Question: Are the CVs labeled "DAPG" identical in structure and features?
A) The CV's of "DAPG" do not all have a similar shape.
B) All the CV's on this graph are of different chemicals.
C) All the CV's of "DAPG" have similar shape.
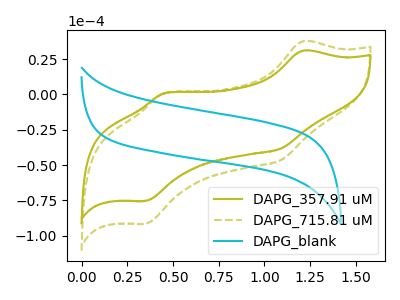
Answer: <think>The olive curve "DAPG_357.91 uM" has anodic peaks at (1.20V, 31.00uA) (0.45V, 1.00uA) and cathodic peaks at (1.10V, -38.05uA) (0.35V, -75.35uA). The olive dashed curve "DAPG_715.81 uM" has anodic peaks at (1.20V, 37.65uA) (0.45V, 1.25uA) and cathodic peaks at (1.10V, -46.20uA) (0.35V, -91.45uA). The cyan curve "DAPG_blank" has no peaks.
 All the peaks in "DAPG_357.91 uM" have a peak in "DAPG_715.81 uM" at the same potential. Every peak in "DAPG_357.91 uM" is lower than every peak in "DAPG_715.81 uM". "DAPG_357.91 uM" and "DAPG_blank" have a different number of peaks. "DAPG_715.81 uM" and "DAPG_blank" have a different number of peaks.</think>
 <answer>C) All the CV's of "DAPG" have similar shape.</answer>
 <eval>C</eval>